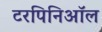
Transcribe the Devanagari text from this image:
टरपिनिऑल